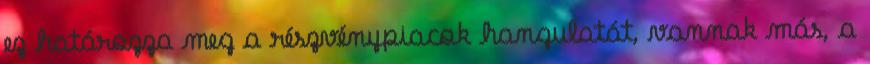
ez határozza meg a részvénypiacok hangulatát, vannak más, a